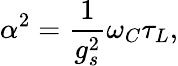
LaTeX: \alpha^{2}=\frac{1}{g_{s}^{2}}\omega_{C}\tau_{L},